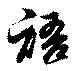
語